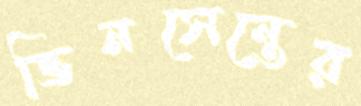
ভিনসেন্তের